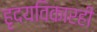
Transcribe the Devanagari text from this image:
हृदयविकारही